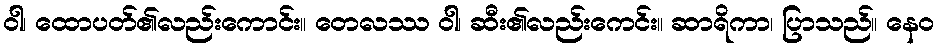
ဝါ၊ ထောပတ်၏လည်းကောင်း။ တေလဿ ဝါ၊ ဆီး၏လည်းကေင်း။ ဆာရိကာ၊ ပြာသည်။ နေဝ